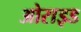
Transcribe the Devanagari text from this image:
ओराइड